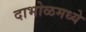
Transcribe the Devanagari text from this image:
दाभोळमध्ये